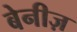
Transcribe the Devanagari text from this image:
बेनीज़